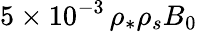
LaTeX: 5\times 10^{-3}\, \rho_{*}\rho_{s}B_{0}